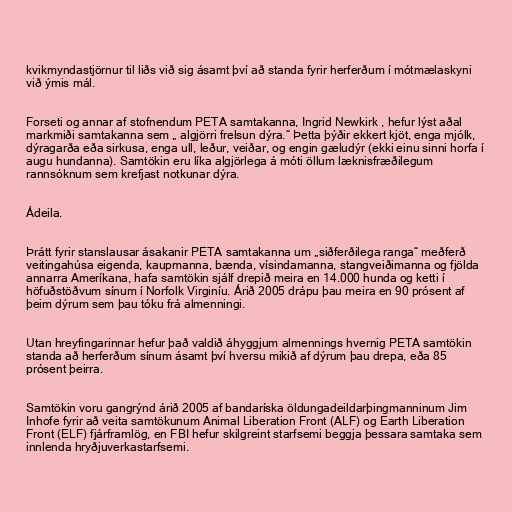
kvikmyndastjörnur til liðs við sig ásamt því að standa fyrir herferðum í mótmælaskyni
við ýmis mál.

Forseti og annar af stofnendum PETA samtakanna, Ingrid Newkirk , hefur lýst aðal
markmiði samtakanna sem „ algjörri frelsun dýra.“ Þetta þýðir ekkert kjöt, enga mjólk,
dýragarða eða sirkusa, enga ull, leður, veiðar, og engin gæludýr (ekki einu sinni horfa í
augu hundanna). Samtökin eru líka algjörlega á móti öllum læknisfræðilegum
rannsóknum sem krefjast notkunar dýra.

Ádeila.

Þrátt fyrir stanslausar ásakanir PETA samtakanna um „siðferðilega ranga“ meðferð
veitingahúsa eigenda, kaupmanna, bænda, vísindamanna, stangveiðimanna og fjölda
annarra Ameríkana, hafa samtökin sjálf drepið meira en 14.000 hunda og ketti í
höfuðstöðvum sínum í Norfolk Virginíu. Árið 2005 drápu þau meira en 90 prósent af
þeim dýrum sem þau tóku frá almenningi.

Utan hreyfingarinnar hefur það valdið áhyggjum almennings hvernig PETA samtökin
standa að herferðum sínum ásamt því hversu mikið af dýrum þau drepa, eða 85
prósent þeirra.

Samtökin voru gangrýnd árið 2005 af bandaríska öldungadeildarþingmanninum Jim
Inhofe fyrir að veita samtökunum Animal Liberation Front (ALF) og Earth Liberation
Front (ELF) fjárframlög, en FBI hefur skilgreint starfsemi beggja þessara samtaka sem
innlenda hryðjuverkastarfsemi.